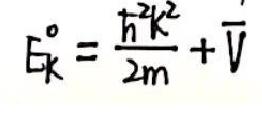
$E_{\mathrm{k}}^{0}=\frac{\hbar^{2}k^{2}}{2m}+\overline{V}$